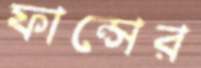
ফান্সের